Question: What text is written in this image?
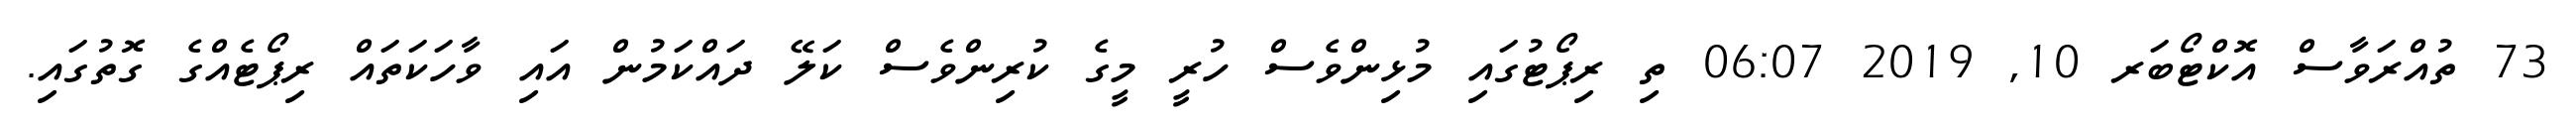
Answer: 73 ތުއްރަވާސް އޮކްޓޯބަރ 10, 2019 06:07 ތި ރިޕޯޓުގައި މުޅިންވެސް ހުރީ މީގެ ކުރިންވެސް ކަލޭ ދައްކަމުން އައި ވާހަކަތައް ރިޕޯޓެއްގެ ގޮތުގައި.